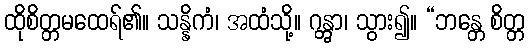
ထိုစိတ္တမထေရ်၏။ သန္နိကံ၊ အထံသို့။ ဂန္တွာ၊ သွား၍။ “ဘန္တေ စိတ္တ